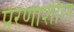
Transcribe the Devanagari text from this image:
प्रेरणाशील